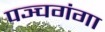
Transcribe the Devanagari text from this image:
पञ्चगंगा